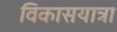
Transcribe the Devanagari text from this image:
विकासयात्रा